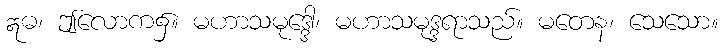
ဣဓ၊ ဤလောက၌။ မဟာသမုဒ္ဒေါ၊ မဟာသမုဒ္ဒရာသည်။ မတေန၊ သေသော။